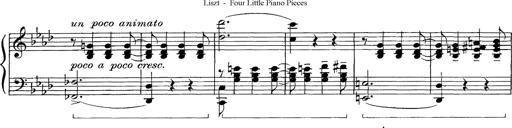
Title: FÃ¼nf KlavierstÃ¼cke
Composer: Franz Liszt